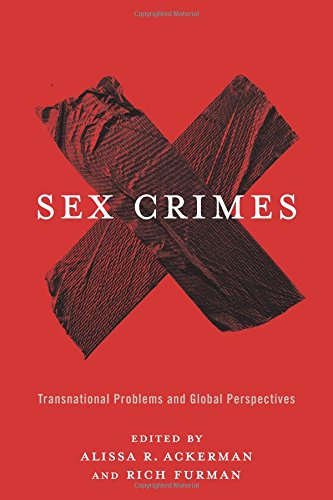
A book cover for Sex Crimes: Transnational Problems and Global Perspectives; Law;